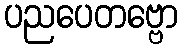
ပညပေတဗ္ဗော